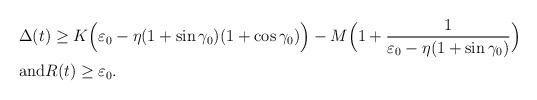
LaTeX: \begin{align*}\begin{aligned} & \Delta(t) \geq K\Big(\varepsilon_0-\eta(1+\sin\gamma_0)(1+\cos\gamma_0)\Big)-M\Big(1+\frac{1}{\varepsilon_0-\eta(1+\sin\gamma_0)}\Big) \\& \mbox{and} R(t) \geq \varepsilon_0.\end{aligned}\end{align*}